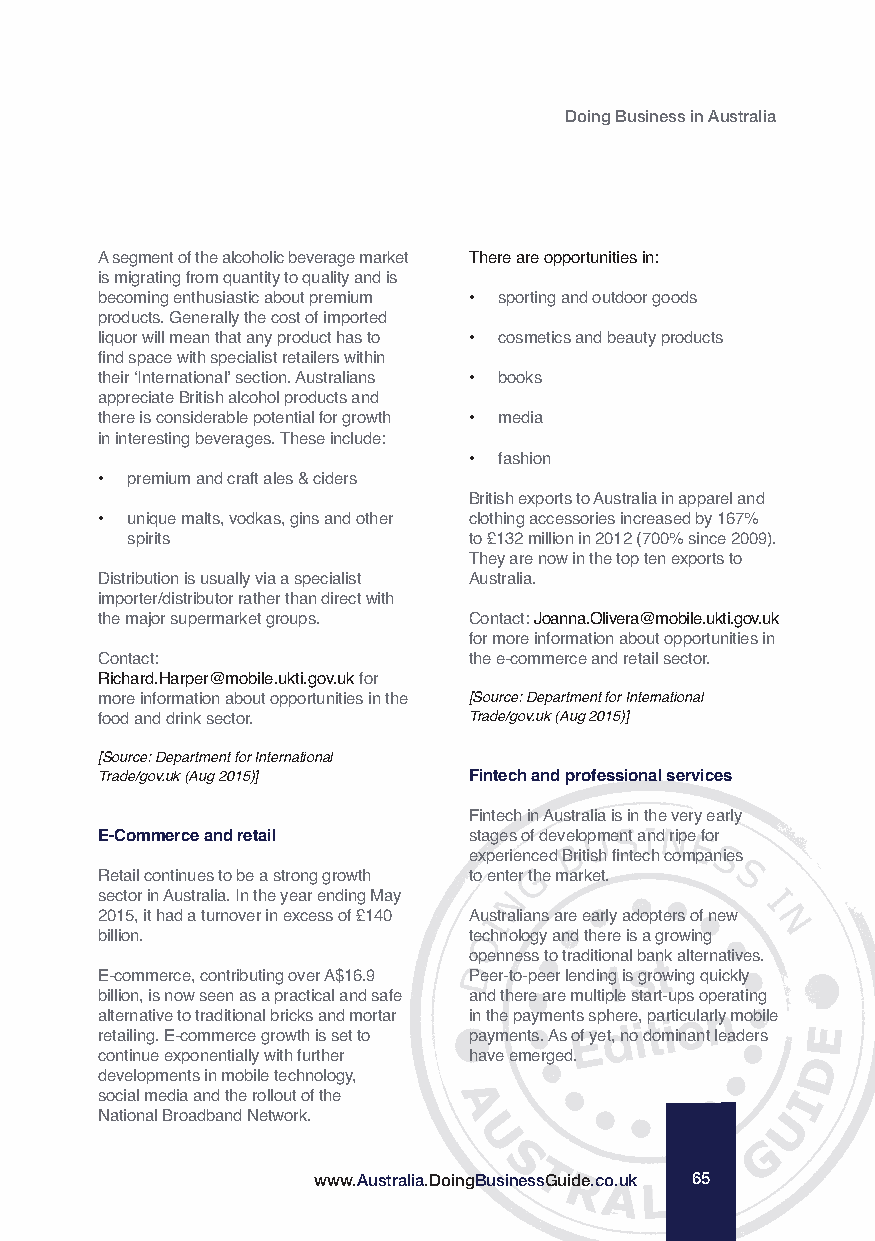
Doing Business in Australia
 A segment of the alcoholic beverage market There are opportunities in:
 is migrating from quantity to quality and is
 becoming enthusiastic about premium • sporting and outdoor goods
 products. Generally the cost of imported
 liquor will mean that any product has to • cosmetics and beauty products
 find space with specialist retailers within
 their ‘International’ section. Australians • books
 appreciate British alcohol products and
 there is considerable potential for growth • media
 in interesting beverages. These include:
 • fashion
 • premium and craft ales & ciders
 British exports to Australia in apparel and
 • unique malts, vodkas, gins and other clothing accessories increased by 167%
 spirits                to £132 million in 2012 (700% since 2009).
 They are now in the top ten exports to
 Distribution is usually via a specialist Australia.
 importer/distributor rather than direct with
 the major supermarket groups. Contact: Joanna.Olivera@mobile.ukti.gov.uk
 for more information about opportunities in
 Contact:                 the e-commerce and retail sector.
 Richard.Harper@mobile.ukti.gov.ukfor
 more information about opportunities in the [Source: Department for International
 food and drink sector.   Trade/gov.uk (Aug 2015)]
 [Source: Department for International
 Trade/gov.uk (Aug 2015)] Fintech and professional services
 Fintech in Australia is in the very early
 E-Commerce and retail    stages of development and ripe for
 experienced British fintech companies
 Retail continues to be a strong growth to enter the market.
 sector in Australia. In the year ending May
 2015, it had a turnover in excess of £140 Australians are early adopters of new
 billion.                 technology and there is a growing
 openness to traditional bank alternatives.
 E-commerce, contributing over A$16.9 Peer-to-peer lending is growing quickly
 billion, is now seen as a practical and safe and there are multiple start-ups operating
 alternative to traditional bricks and mortar in the payments sphere, particularly mobile
 retailing. E-commerce growth is set to payments. As of yet, no dominant leaders
 continue exponentially with further have emerged.
 developments in mobile technology,
 social media and the rollout of the
 National Broadband Network.
 www.Australia.DoingBusinessGuide.co.uk 65